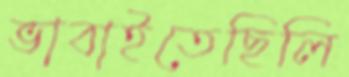
ভাবাইতেছিলি